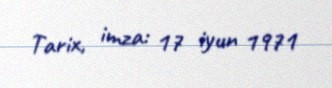
Tarix, imza: 17 iyun 1971